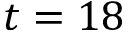
t = 1 8